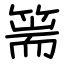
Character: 篅